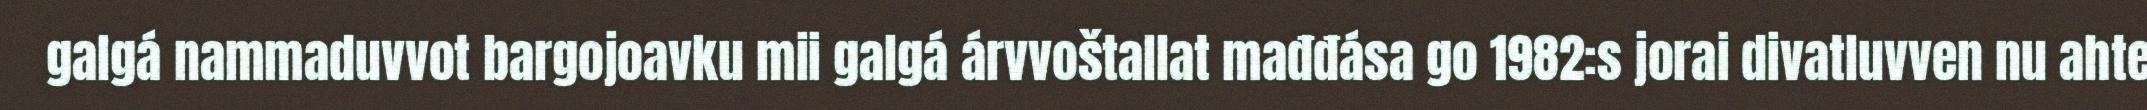
galgá nammaduvvot bargojoavku mii galgá árvvoštallat mađđása go 1982:s jorai divatluvven nu ahte